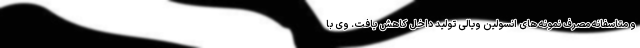
و متاسفانه مصرف نمونه های انسولین ویالی تولید داخل کاهش یافت. وی با